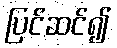
ပြင်ဆင်၍